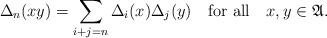
LaTeX: \begin{align*} \Delta_n(xy)=\sum\limits_{i+j=n}\Delta_i(x)\Delta_j(y)~~~ \mbox{for all}~~~ x,y\in\mathfrak{A}.\end{align*}